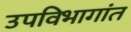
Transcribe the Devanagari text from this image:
उपविभागांत